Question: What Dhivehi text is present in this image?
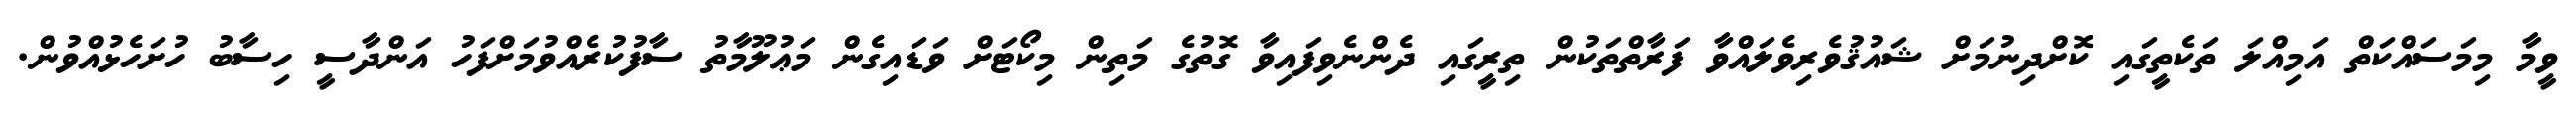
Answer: ވީމާ މިމަސައްކަތް އަމިއްލަ ތަކެތީގައި ކޮށްދިނުމަށް ޝައުޤުވެރިވެލައްވާ ފަރާތްތަކުން ތިރީގައި ދެންނެވިފައިވާ ގޮތުގެ މަތިން މިކޯޓަށް ވަޑައިގެން މަޢުލޫމާތު ސާފުކުރެއްވުމަށްފަހު އަންދާސީ ހިސާބު ހުށަހެޅުއްވުން.